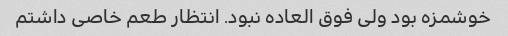
خوشمزه بود ولی فوق العاده نبود. انتظار طعم خاصی داشتم